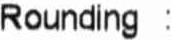
ROUNDING :